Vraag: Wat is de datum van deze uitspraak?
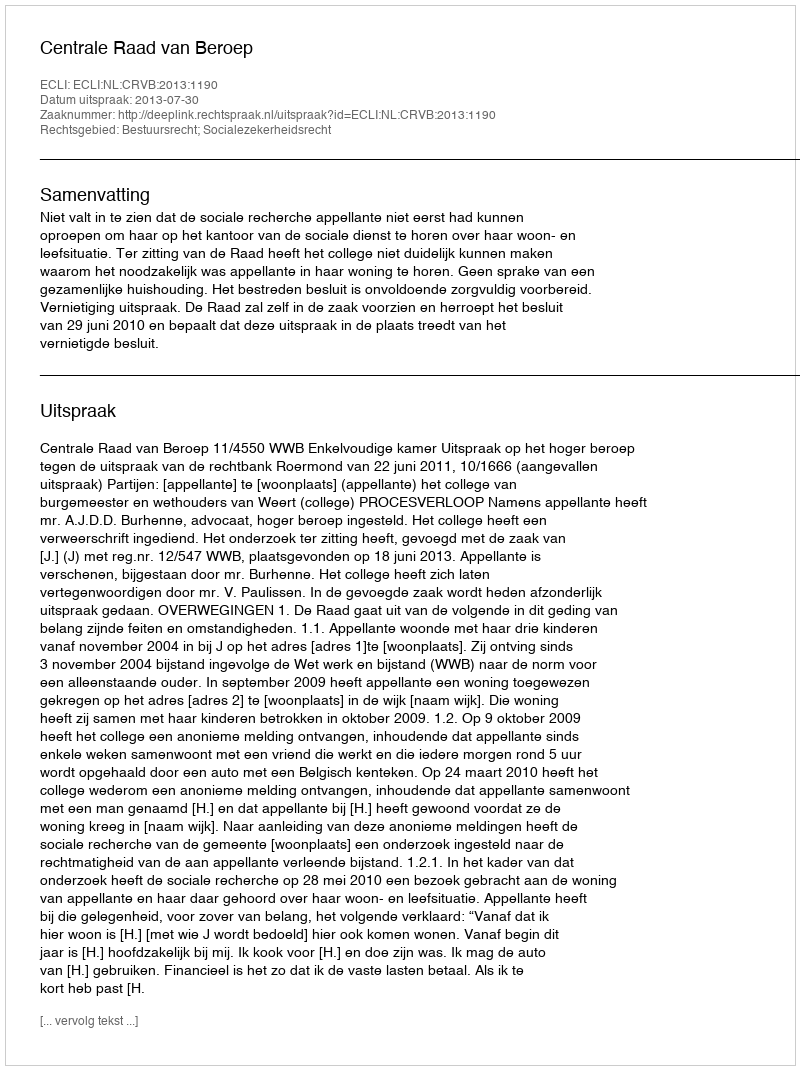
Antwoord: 2013-07-30